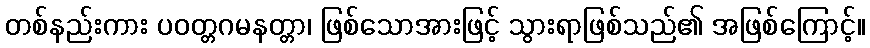
တစ်နည်းကား ပဝတ္တဂမနတ္တာ၊ ဖြစ်သောအားဖြင့် သွားရာဖြစ်သည်၏ အဖြစ်ကြောင့်။